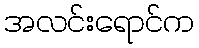
အလင်းရောင်က